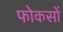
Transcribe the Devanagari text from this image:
फोकसों